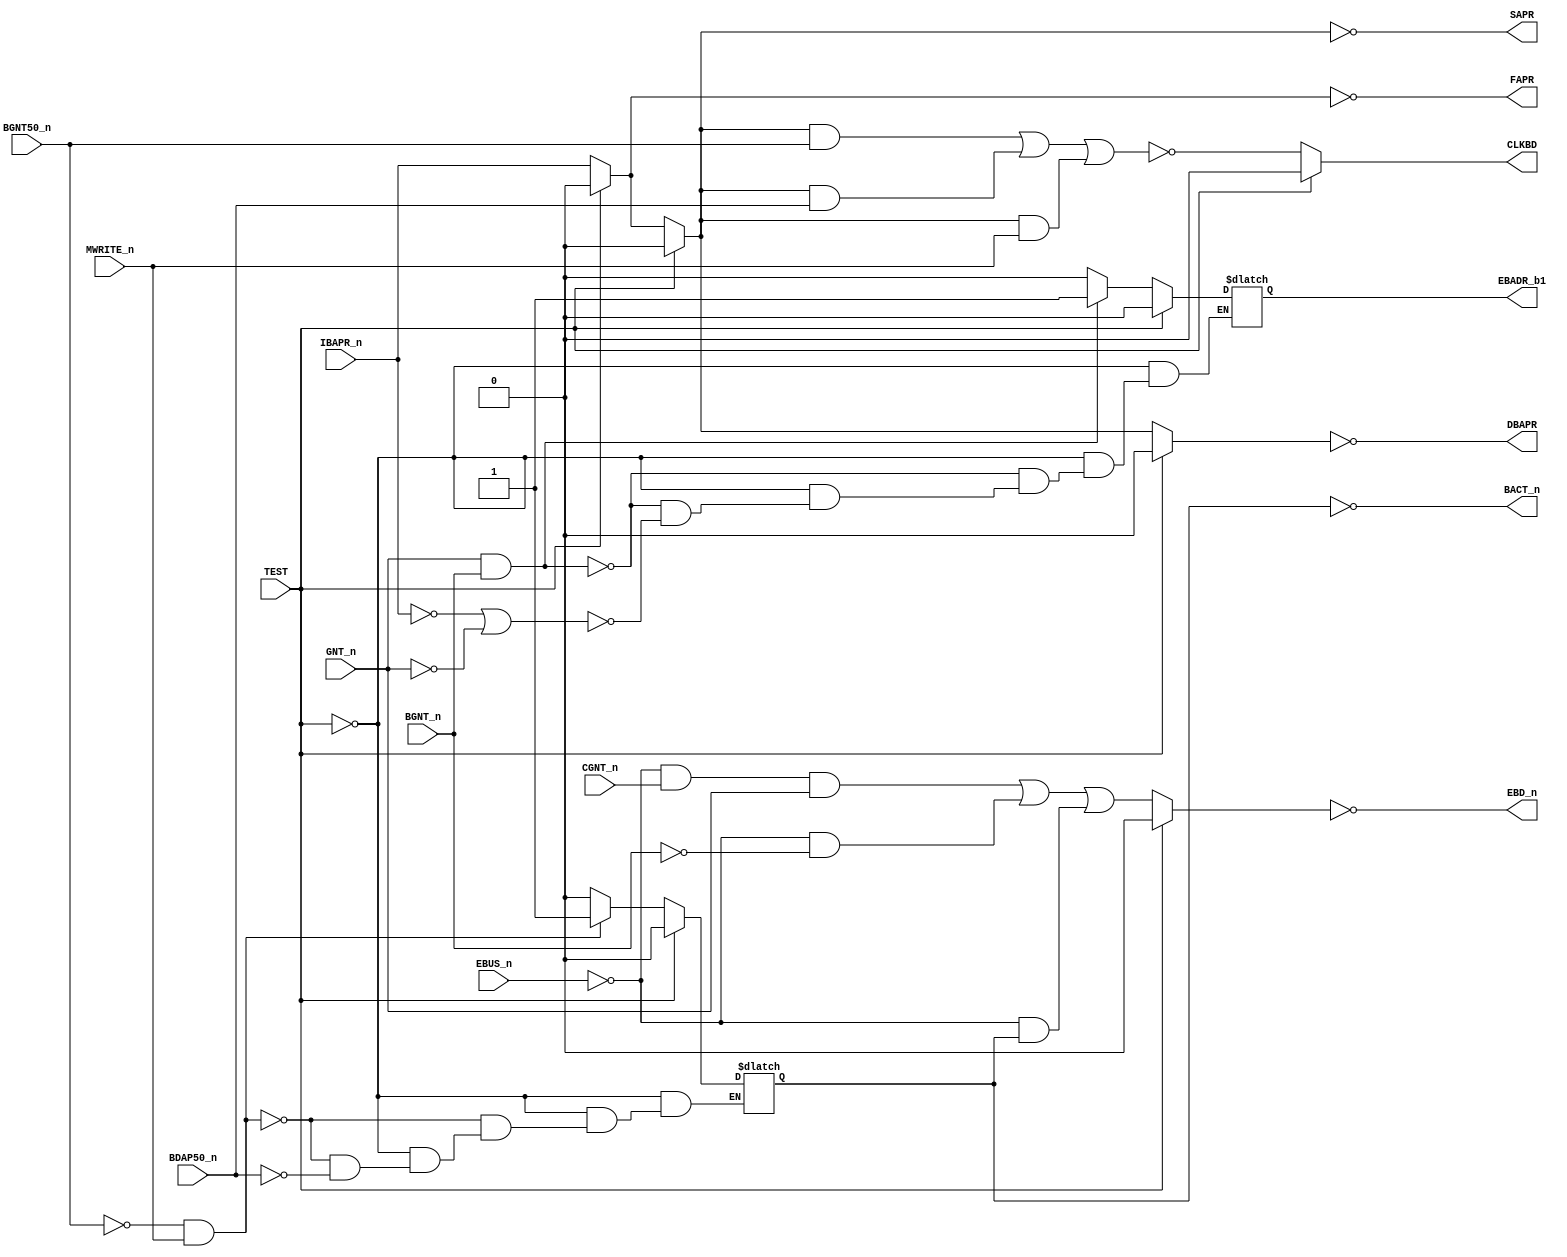
module PAL_44304E(
    input CGNT_n,       // I0                  
    input BGNT_n,       // I1                  
    input BGNT50_n,     // I2                  
    input MWRITE_n,     // I3                  
    input BDAP50_n,     // I4                  
    input EBUS_n,       // I5                  
    input IBAPR_n,      // I6                  
    input GNT_n,        // I7                  
    input TEST,         // I8 - PD3            
    //input I9          // I9                  
                        
    output DBAPR,       // Y0_n  
    //output Y1_n,      // Y1_n  
              
    output BACT_n,      // B0_n 
    output EBADR_b1,    // B1_n 
    output FAPR,        // B2_n 
    output SAPR,        // B3_n 
    output CLKBD,       // B4_n 
    output EBD_n        // B5_n         
);



// Inverted input signals
wire BGNT = ~BGNT_n;
wire BGNT50 = ~BGNT50_n;
wire BDAP50 = ~BDAP50_n;
wire EBUS = ~EBUS_n;	


// Output signal logic (self reference)

reg BACT_reg;
reg EBADR_reg;

always @(*) begin
      if (!TEST) begin

            // BACT - BUS ACTIVITY. LASTS FOR COMPLETE DMA TO LOCAL MEMORY
            // CYCLE (ONLY ON MEMORY READ)

            if (BGNT50 & MWRITE_n)        // Enable for data only after address
                BACT_reg = 1'b1;              
            else if (BDAP50 ==0)        // Hold after BDAP finished
                BACT_reg = 1'b0;

                
            // EBADR - ENABLE ADDRESS FROM BUS TO LOCAL MEMORY
            if ((GNT_n & BGNT_n)==1)     // TURN ON AT BAPR WITH GNT
                EBADR_reg = 1'b1;
            else if (
                    (IBAPR_n == 0) | // HOLD UNTIL BGNT AND GNT BOTH GONE                    
                    (GNT_n == 0)
            )
                EBADR_reg = 1'b0;

        end else begin
            BACT_reg = 1'b0;
            EBADR_reg = 1'b0;
        end
end


assign EBADR_b1 = EBADR_reg;

assign BACT_n = ~BACT_reg; // Output pin Y1_n (BACT_n) is not connected to anything. Sheet 12.



// EBD - ENABLE BUS DATA. ENABLE LBD TO BD TRANSCEIVER
// SHOULD BE DISABLED DURING CGNT * /BACT, IE DISABLE WHEN CPU
// IS ACCESSING LOCAL MEMORY, EXCEPT WHEN TRANSCEIVER IS BEING USED
// AS A REGISTER TO HOLD DATA FROM A PREVIOUS DMA MEMORY READ.

assign EBD_n =~(TEST ? 1'b0 :        
                            (EBUS & CGNT_n & GNT_n) |
                            (EBUS & BGNT) |
                            (EBUS & BACT_reg)
                );


// SLOW INVERSION
assign FAPR = ~(TEST ? 1'b0 : IBAPR_n);
assign SAPR = ~(TEST ? 1'b0 : ~FAPR); 
assign DBAPR = ~(TEST ? 1'b0 : ~SAPR);

    
// CLKBD - CLOCK PULSE TO 648's
assign CLKBD = TEST ? 1'b0 : 
                            
                            ~(
                                    (~SAPR & BGNT50_n) |    // Clock addresses on delayed BAPR
                                    (~SAPR & BDAP50_n) |    // Clock data 50ns after start of
                                    (~SAPR & MWRITE_n)     // BGNT * BDAP on memory writes from DMA
                            );



endmodule